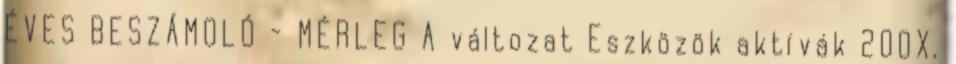
ÉVES BESZÁMOLÓ - MÉRLEG A változat Eszközök aktívák 200X.